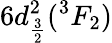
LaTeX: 6d_{\frac{3}{2}}^{2}(^{3}F_{2})